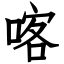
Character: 喀